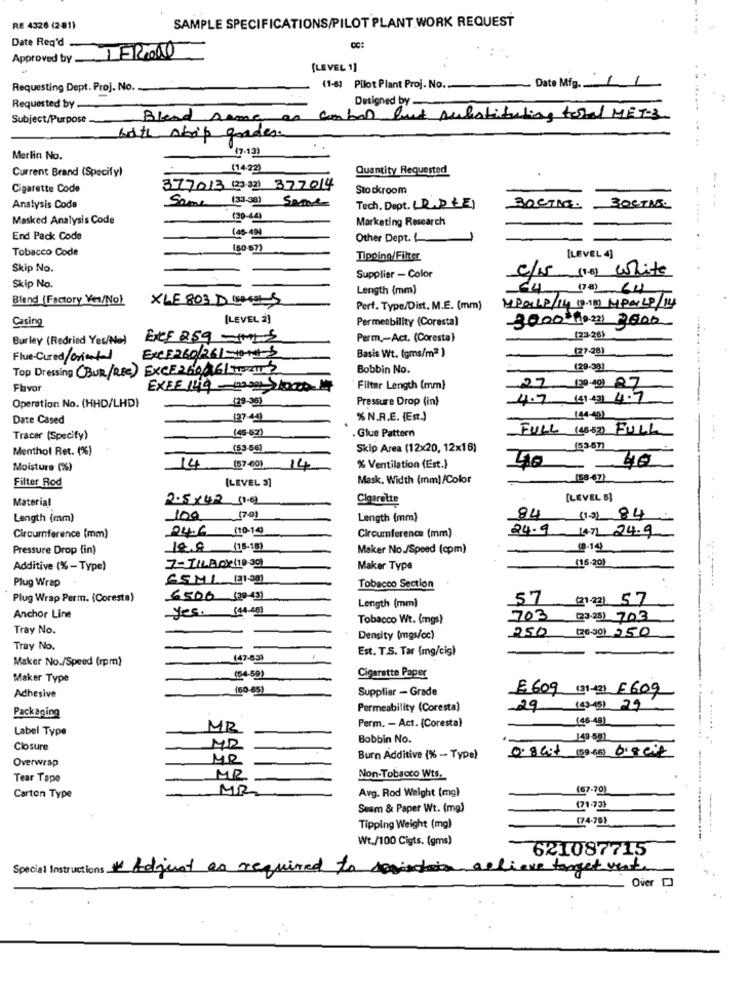
SAMPLE SPECIFICATIONS/PILOT PLANT WORK REQUEST
RE 4326 (281)
Date Req'd .
Approved by 1ER000
(LEVEL 1]
Date Mfg. 11
Requesting Dept. Proj. No.
(1-6) Pilot Plant Proj. No ..
Designed by _
Requested by
Subject/Purpose.
Blend same
as carbon but substituting total MET-3.
with skrip grades.
(7-13)
Merlin No.
Current Brand (Specify)
17422)
Quantity Requested
Cigarette Code
377013 (23)32) 377014
Stockroom
Analysis Code
Same (32.38) Same
Tech. Dept. (R.DEE)
BOCTAK
----
Masked Analysis Code
(39-44)
Marketing Research
145-12)
End Pack Code
Other Dept. .
Tobacco Code
150 67)
Tipoinn/Filter
[LEVEL 4]
Skip No.
C/15 (16) White
Supplier - Color
Skip No.
Length (mm)
64 (78) 64
Bland (Factory Yes/No)
XLE 803 D 40005
MPOLLP/14 (9.11) MPALP/14
Perf. Type/Dist. M.E. (mm)
Casing
[LEVEL 2)
Permetbility (Coresta)
-3000+10-221 3600
Burley (Redrind Yes/No)
ECF 259 - 125
Perm ,- Act. (Coresta)
[23-26)
Basis Wt. (gms/m2 )
(27-28)
Flue-Cured/oriental
EXCE 260/261-10++3
Top Dressing (BUR/REC) EXCE260261 TISZT
Bobbin No.
(29-33)
Flavor
Filter Length (mm)
27
(29-351
Pressure Drop (in)
4.7 (£1.43) 4.7
Operation No. (HHD/LHD)
Date Cased
127-44)
% N.A.E. (Est.)
(44-45)
. Glue Pattern
FULL (8-52) FULL
Tracer (Specify)
(48-62)
Menthol Ret. (%)
(53-56)
Skip Area (12x20, 12x16)
(53-67)
40
Moisture (%)
14 (57-40) 14
% Ventilation (Est.)
Filter Rod
[LEVEL 3]
Mask, Width (mm)/Color
(58-67)
Material
2.5×42 (1.02
Cigarette
[LEVEL 5]
Length (mm)
100
(79)
Length (mm)
84 (13) 84
24.6
(10-149
Circumference (mm)
24.9 (47) 24.9
Circumference (mm)
Pressure Drop {in)
18.0 (18-18)
Maker No./Speed (cpm)
Additive (% - Type)
Maker Type
(16.20)
Plug Wrap
GSML (1-501
Tobacco Section
Plug Wrap Perm. (Coresta)
6506 (20-43)
Length (mm)
.57
yes. (14 40)
Anchor Line
Tobacco Wt. (mgs)
703
(23.25) 703
Tray No.
250
(20-30) 250
Density (mgs/cc)
Tray No.
Est. T.S. Tar (mg/cig)
Maker No./Speed (rpm)
(47-83)
Maker Type
(54-59)
Cigarette Paper
(60-85)
Supplier - Grade
E609 (31-1] E609
Adhesive
Packaging
Permeability (Coresta)
29 (42-451 29
Perm. - Act. {Coresta)
(46-491
Label Type
MR
.. ......
Bobbin No.
149 -591
Closure
0. 8 at (09.66) breit
Overwrap
MR
Burn Additive (% - Type)
Tear Topo
MR
Non-Tobacco Wts.
MR
Avg. Rod Weight (mg)
(67-70)
Carton Type
Seam & Paper Wt. (mg)
(71-73)
(74-76)
Tipping Weight (mg)
-------
Wt./100 Cigts. (gms)
621087715
Special Instructions Adjust as required to si
to achieve target vent.
Over [
..